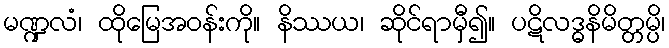
မဏ္ဍလံ၊ ထိုမြေအဝန်းကို။ နိဿယ၊ ဆိုင်ရာမှီ၍။ ပဋိလဒ္ဓနိမိတ္တမ္ပိ၊